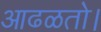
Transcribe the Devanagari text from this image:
आढळतो।